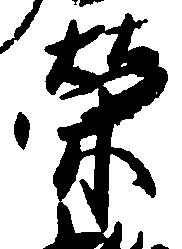
栄